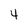
Character: 4